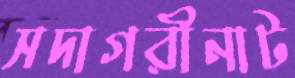
সদাগরীনাট